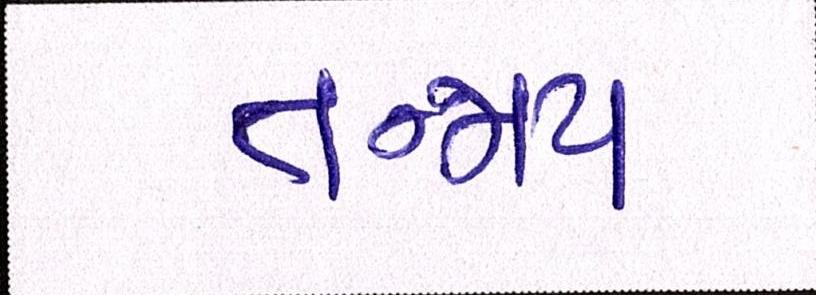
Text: તન્મય